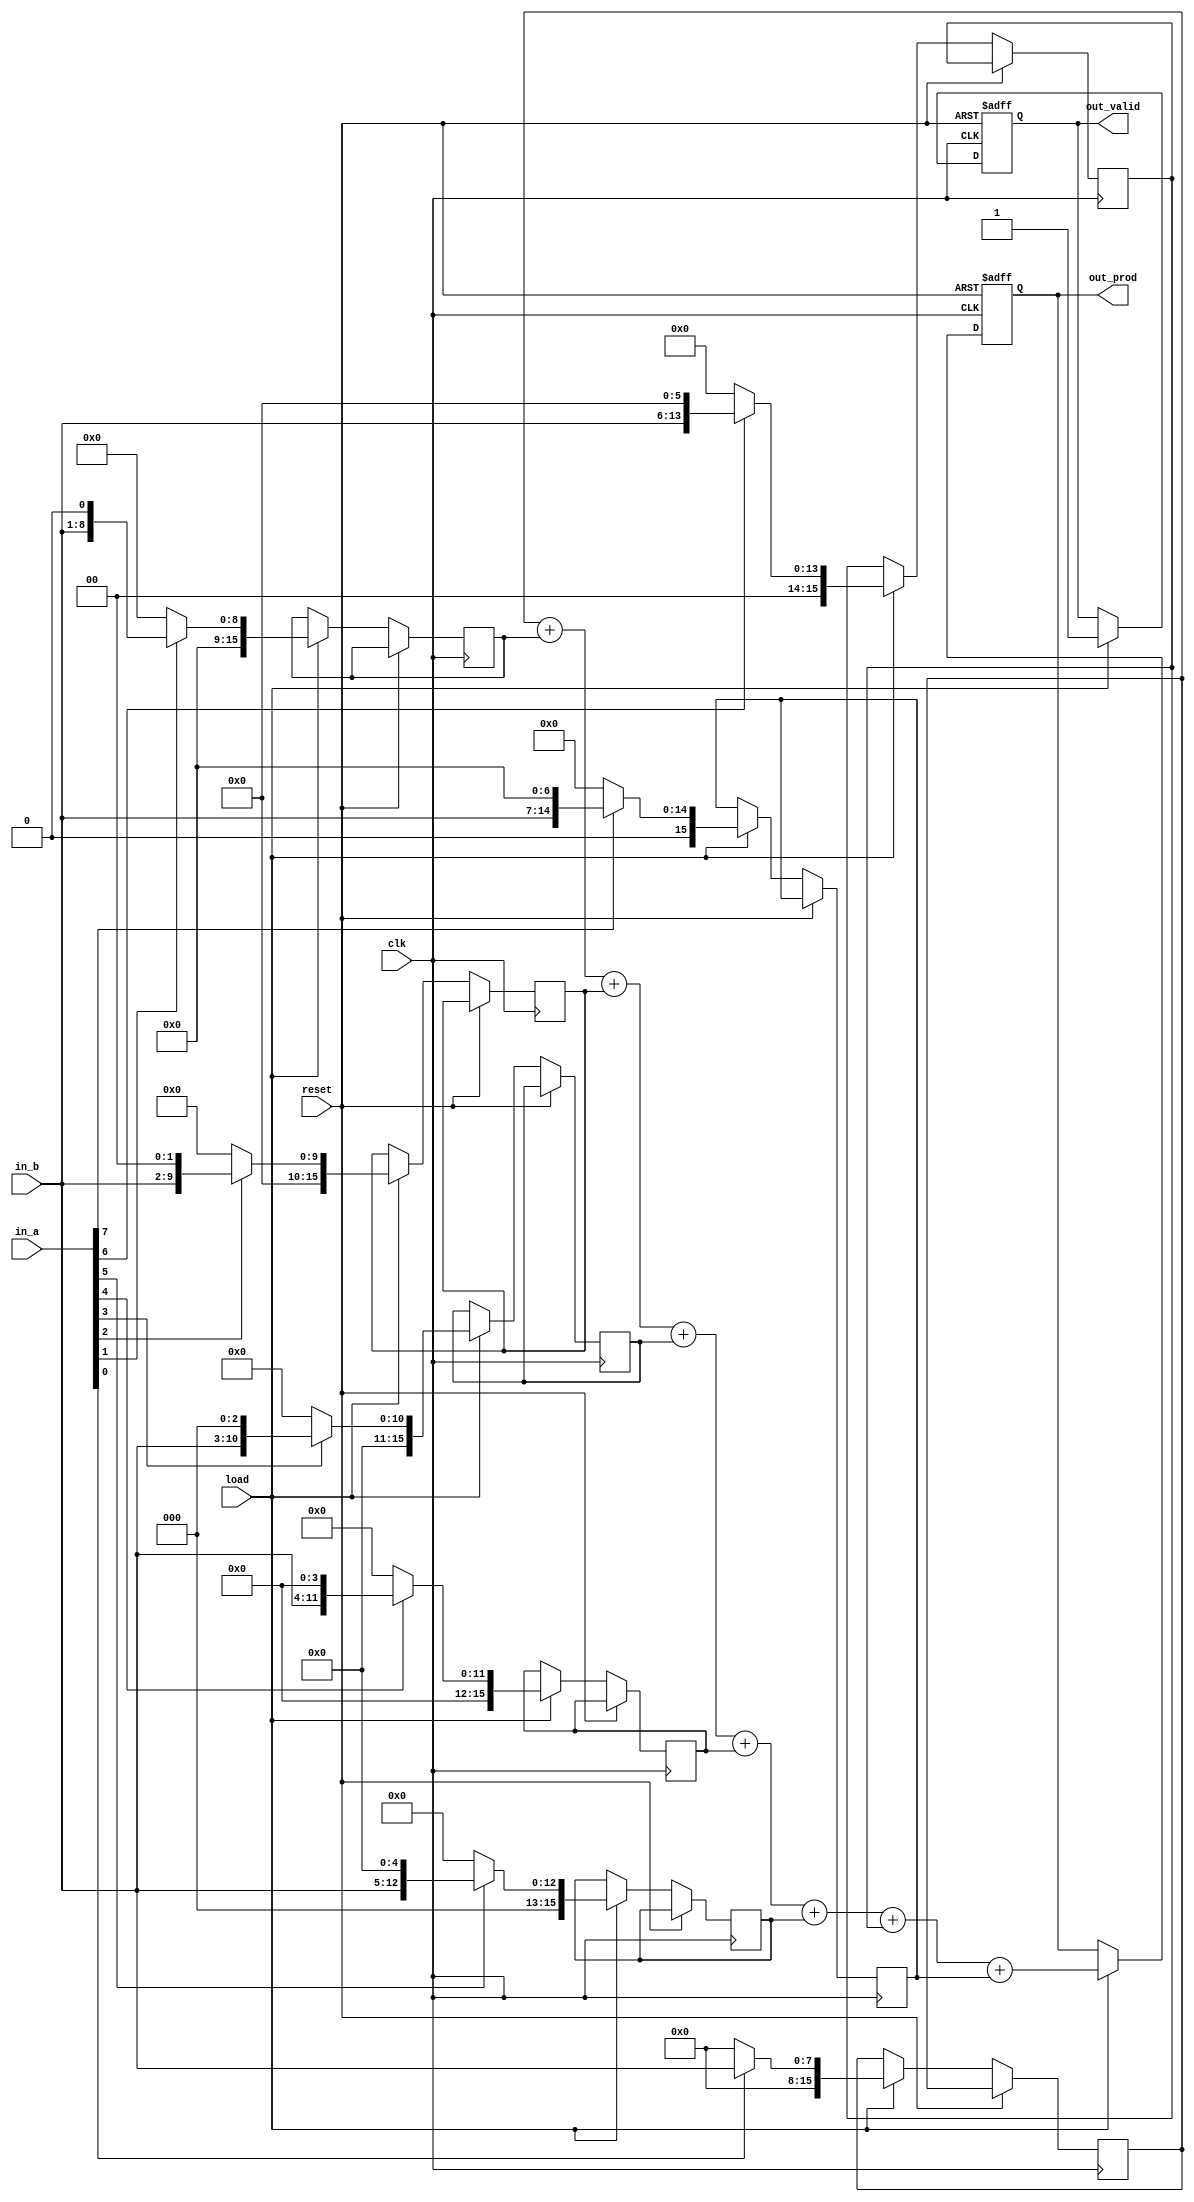
module seqmult(
               in_a                                                     ,//input
               in_b                                                     ,//input
               clk                                                      ,//clock
               load                                                     ,//load
               reset                                                    ,//reset
               out_valid                                                ,//output valid signal
               out_prod                                                  //output product
               )                                                        ; 

//port declaration
input       [ 7:0]   in_a                                               ;//8 bit multiplicand declaration
input       [ 7:0]   in_b                                               ;//8 bitmultiplier declaration
input                clk                                                ;//clock declaration
input                load                                               ;//load declaration
input                reset                                              ;//reset declaration
output reg           out_valid                                          ;//output valid signal declaration
output reg  [15:0]   out_prod                                           ;//16 bit output product declaration
reg         [15:0]   p1, p2, p3, p4, p5, p6, p7, p8                     ;//partial products(pp)
wire        [15:0]   temp_prod                                          ;//temparory product for shift operation

assign temp_prod = {8'b0, in_b}                                         ;//make multiplier 16 bit so that shift operation becomes easier

/*this block is used to perform shift operation according to the each bit if 
 * it is 0 or 1 to get the partial products and then partial products are
 * added to get final product */
always @ (posedge clk or posedge reset)
   begin
      if (reset)
         begin
            out_prod    <= 16'bz                                        ;//no output
            out_valid   <= 1'b0                                         ;//invalid output
         end
      else
         begin
            if (load)
               begin
                  if (in_a[0])
                     p1 <= temp_prod                                    ;//p1 without shift
                  else
                     p1 <= 8'b0                                         ;
                  if (in_a[1])
                     p2 <= temp_prod << 1                               ;//p2 leftshift 1 time
                  else
                     p2 <= 8'b0                                         ;
                  if (in_a[2])
                     p3 <= temp_prod << 2                               ;//p3 leftshift 2 times
                  else
                     p3 <= 8'b0                                         ;
                  if (in_a[3])
                     p4 <= temp_prod << 3                               ;//p4 leftshift 3 times
                  else
                     p4 <= 8'b0                                         ;
                  if (in_a[4])
                     p5 <= temp_prod << 4                               ;//p5 leftshift 4 times
                  else
                     p5 <= 8'b0                                         ;
                  if (in_a[5])
                     p6 <= temp_prod << 5                               ;//p6 leftshift 5 times
                  else
                     p6 <= 8'b0                                         ;
                  if (in_a[6])
                     p7 <= temp_prod << 6                               ;//p7 leftshift 6 times
                  else
                     p7 <= 8'b0                                         ;
                  if (in_a[7])
                     p8 <= temp_prod << 7                               ;//p8 leftshift 7 times
                  else
                     p8 <= 8'b0                                         ;
                  out_prod    <=  p1 + p2 + p3 + p4 + p5 + p6 + p7 + p8 ;//partial product addition
                  out_valid   <=  1'b1                                  ;
               end
         end
   end
endmodule